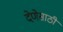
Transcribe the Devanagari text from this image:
देणेसाठी